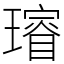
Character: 𤩷